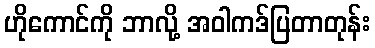
ဟိုကောင်ကို ဘာလို့ အဝါကဒ်ပြတာတုန်း